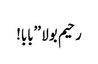
رحیم بولا ’’بابا!